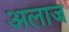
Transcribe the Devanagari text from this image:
अलाज